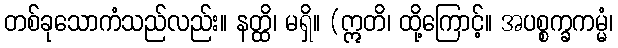
တစ်ခုသောကံသည်လည်း။ နတ္ထိ၊ မရှိ။ (ဣတိ၊ ထို့ကြောင့်။ အပစ္စက္ခကမ္မံ၊